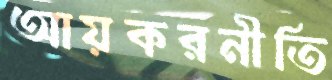
আয়করনীতি